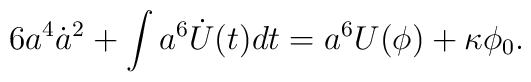
6 a^4 \dot a^2 + \int a^6 \dot U(t) dt   = a^6 U(\phi) + \kappa \phi_0.